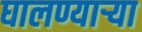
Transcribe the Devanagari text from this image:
घालण्यार्‍या